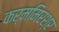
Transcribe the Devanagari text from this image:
कर्ममिरश्र